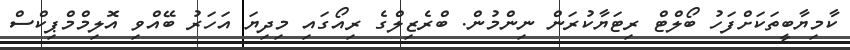
ކާމިޔާބީތަކަށްފަހު ބޯލްޓް ރިޓަޔާކުރަން ނިންމުން. ބްރެޒިލްގެ ރިއޯގައި މިދިޔަ އަހަރު ބޭއްވި އޮލިމްމްޕިކްސް